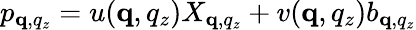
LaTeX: \begin{array}{r}{p_{\mathbf q,q_{z}}=u(\mathbf q,q_{z})X_{\mathbf q,q_{z}}+v(\mathbf q,q_{z})b_{\mathbf q,q_{z}}}\end{array}